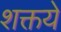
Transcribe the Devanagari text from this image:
शक्तये